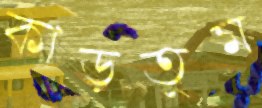
কাড়তুম